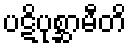
ပဋိပုစ္ဆာမီတိ